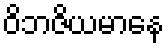
ဝိဘဇိယမာနေ